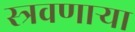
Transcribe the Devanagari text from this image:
स्त्रवणार्‍या